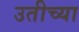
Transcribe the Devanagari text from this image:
उतीच्या